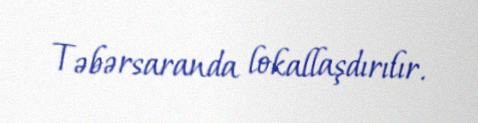
Təbərsaranda lokallaşdırılır.